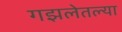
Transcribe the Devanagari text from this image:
गझलेतल्या